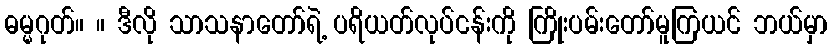
ဓမ္မဂုတ်။ ။ ဒီလို သာသနာတော်ရဲ့ ပရိယတ်လုပ်ငန်းကို ကြိုးပမ်းတော်မူကြယင် ဘယ်မှာ